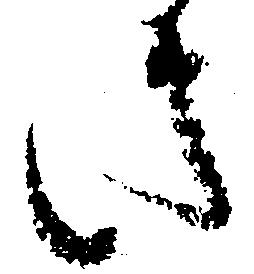
さ